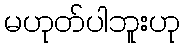
မဟုတ်ပါဘူးဟု